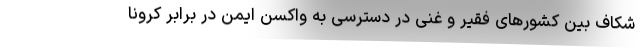
شکاف بین کشورهای فقیر و غنی در دسترسی به واکسن ایمن در برابر کرونا